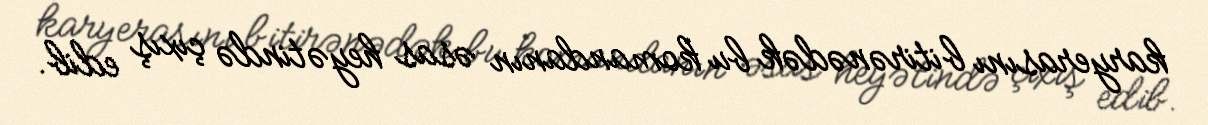
karyerasını bitirənədək bu komandanın əsas heyətində çıxış edib.